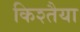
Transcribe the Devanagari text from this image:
किश्तैया